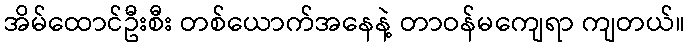
အိမ်ထောင်ဦးစီး တစ်ယောက်အနေနဲ့ တာဝန်မကျေရာ ကျတယ်။